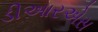
ડીઆરએસ